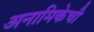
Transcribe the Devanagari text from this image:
अनामिकेची